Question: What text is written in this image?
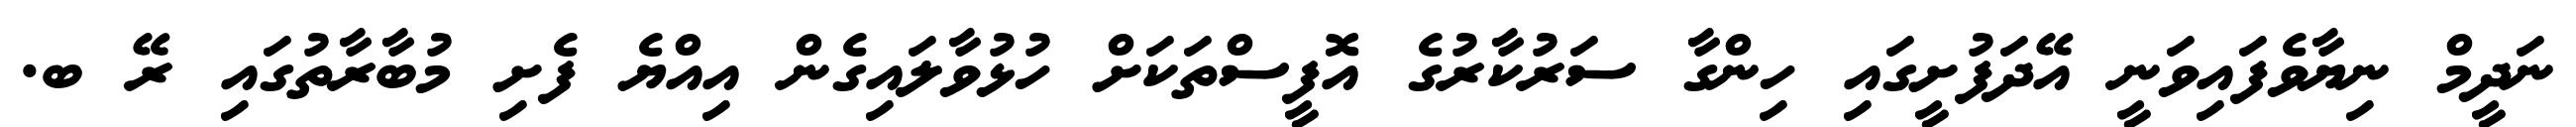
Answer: ނަދީމް ނިޔާވެފައިވަނީ އޭދަފުށީގައި ހިންގާ ސަރުކާރުގެ އޮފީސްތަކަށް ހުޅުވާލައިގެން އިއްޔެ ފެށި މުބާރާތުގައި ރޭ ބ.